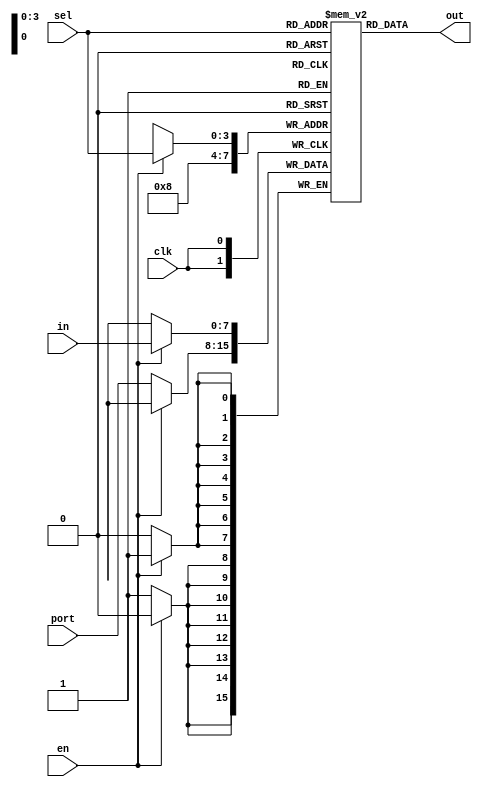
`timescale 1ns/100ps

module reg_f #(
    parameter WIDTH = 8,
    parameter SIZE = 9
)(
    clk,
    in,
    en,
    sel,
    port,
    out
);

input [WIDTH-1:0] in;
input [WIDTH-1:0] port;
input en, clk;
input [$clog2(SIZE)-1:0] sel;
output [WIDTH-1:0] out;

reg [WIDTH-1:0] REG_FILE [SIZE:0];
//reg PORT_EN = 1'b1;
integer i = 0;

initial begin
    for(i=0;i<SIZE;i=i+1) begin
        REG_FILE[i] = {WIDTH{1'b0}};
    end
end

//assign port = (PORT_EN) ? in : {WIDTH{1'bz}};

always@(posedge clk) begin
    if(en) begin
        /*if(sel == {$clog2(SIZE){1'b1}}) begin //To write to port sel == 4'b1111 {$clog2(SIZE){1'b1}
            PORT_EN <= 1'b1;
            REG_FILE[SIZE-1] <= in;
        end*/
        REG_FILE[sel] <= in;
    end 
    else begin
        //PORT_EN <= 1'b0;
        REG_FILE[SIZE-1] <= port; //To read port sel == 4'b1000 - nineth reg
    end
end

assign out = REG_FILE[sel];

endmodule